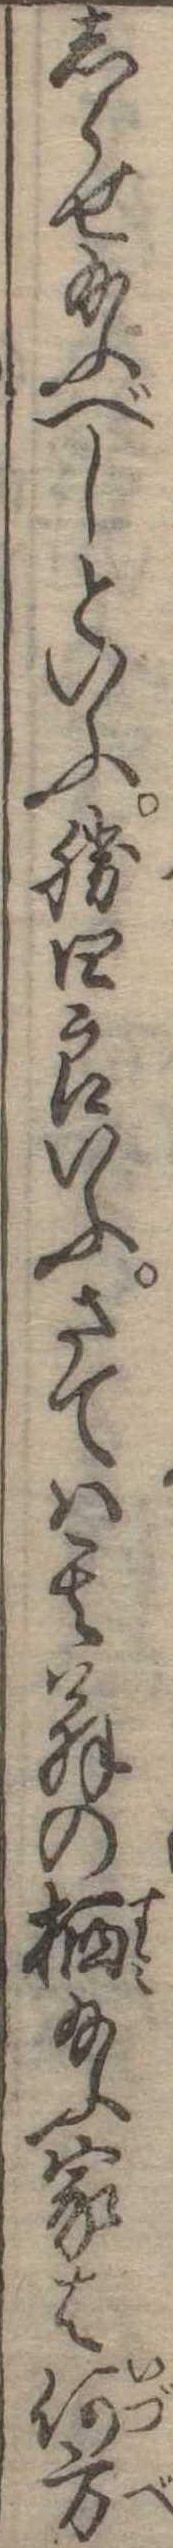
しらせ給ふべしといふ勝四郎いふさては其翁の棲給ふ家は何方